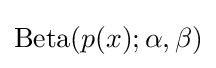
\mathrm {Beta} (p(x);\alpha ,\beta )\,\!